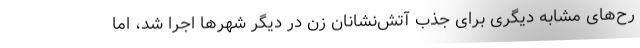
رح‌های مشابه دیگری برای جذب آتش‌نشانان زن در دیگر شهرها اجرا شد، اما